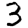
Digit: 3